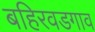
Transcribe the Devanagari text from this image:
बहिरवडगाव